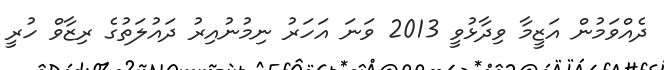
ދެއްވަމުން އަޒީމާ ވިދާޅުވީ 2013 ވަނަ އަހަރު ނިމުނުއިރު ދައުލަތުގެ ރިޒާވް ހުރީ